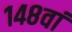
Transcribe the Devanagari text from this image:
१४८वां